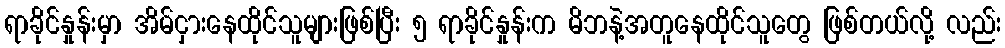
ရာခိုင်နှုန်းမှာ အိမ်ငှားနေထိုင်သူများဖြစ်ပြီး ၅ ရာခိုင်နှုန်းက မိဘနဲ့အတူနေထိုင်သူတွေ ဖြစ်တယ်လို့ လည်း